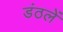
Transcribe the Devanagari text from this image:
डंठलें